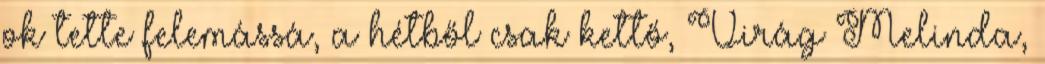
ok tette felemássá, a hétből csak kettő, Virág Melinda,